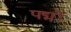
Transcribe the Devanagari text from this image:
पद्मों